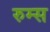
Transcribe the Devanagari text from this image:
रुम्स